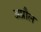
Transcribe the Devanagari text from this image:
अप्रौल